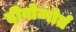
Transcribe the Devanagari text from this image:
दीवोन्पोर्त